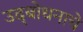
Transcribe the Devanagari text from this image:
उद्‌बोधनाचे